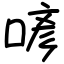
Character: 喭